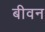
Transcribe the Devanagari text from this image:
बीवन